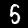
Digit: 5